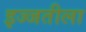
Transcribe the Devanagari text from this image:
इज्जतीला